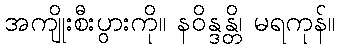
အကျိုးစီးပွားကို။ နဝိန္ဒန္တိ၊ မရကုန်။